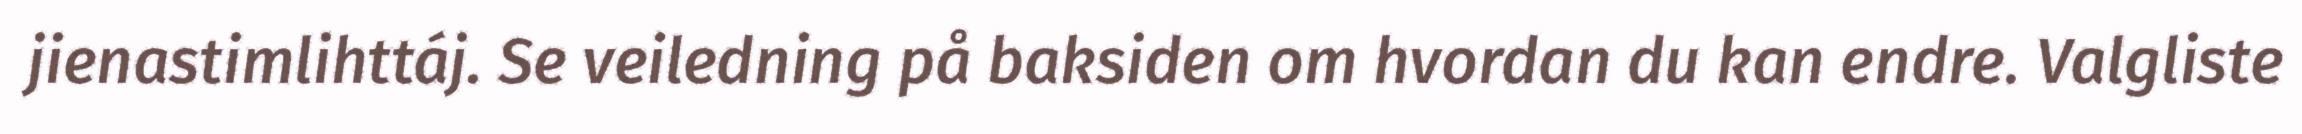
jienastimlihttáj. Se veiledning på baksiden om hvordan du kan endre. Valgliste